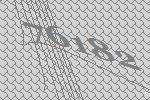
76182